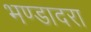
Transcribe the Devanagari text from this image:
भण्डादरा